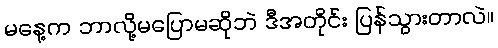
မနေ့က ဘာလို့မပြောမဆိုဘဲ ဒီအတိုင်း ပြန်သွားတာလဲ။